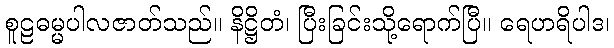
စူဠဓမ္မပါလဇာတ်သည်။ နိဋ္ဌိတံ၊ ပြီးခြင်းသို့ရောက်ပြီ။ ရေဟရိပါဒ၊